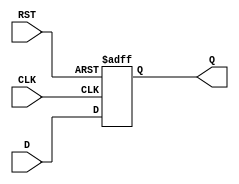
module stage_register #(
    parameter WIDTH = 8  // Parameter to define the width of the data input/output
)(
    input  wire [WIDTH-1:0] D,    // Data input
    input  wire CLK,                // Clock signal
    input  wire RST,                // Reset signal
    output reg  [WIDTH-1:0] Q       // Data output
);

// Sequential logic for the stage register
always @(posedge CLK or posedge RST) begin
    if (RST) begin
        Q <= {WIDTH{1'b0}}; // Asynchronous reset to zero
    end else begin
        Q <= D; // Capture data on the rising edge of the clock
    end
end

endmodule